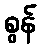
စွန်